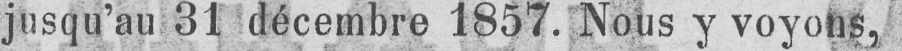
jusqu’au 31 décembre 1857. Nous y voyons,